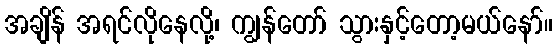
အချိန် အရင်လိုနေလို့၊ ကျွန်တော် သွားနှင့်တော့မယ်နော်။